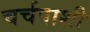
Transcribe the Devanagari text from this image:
चर्चपाशी